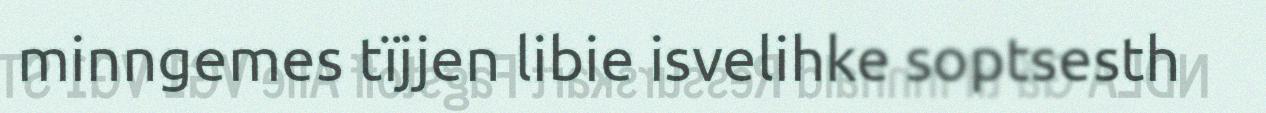
minngemes tïjjen libie isvelihke soptsesth